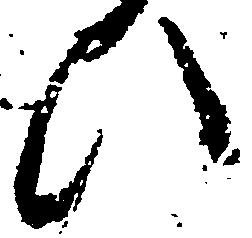
ひ